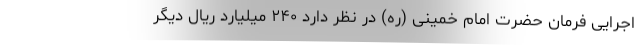
اجرایی فرمان حضرت امام خمینی (ره) در نظر دارد ۲۴۰ میلیارد ریال دیگر